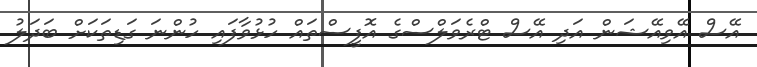
އޭސް އޭވިއޭޝަން އަދި އޭސް ޓްރެވަލްސްގެ އޮފީސްތައް ހުޅުވާފައި ހުންނަ ގަޑިތަކަށް ބަދަލު